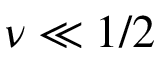
\nu \ll 1 / 2